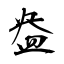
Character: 盎